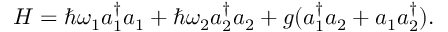
H = \hbar \omega _ { 1 } a _ { 1 } ^ { \dag } a _ { 1 } + \hbar \omega _ { 2 } a _ { 2 } ^ { \dag } a _ { 2 } + g ( a _ { 1 } ^ { \dag } a _ { 2 } + a _ { 1 } a _ { 2 } ^ { \dag } ) .